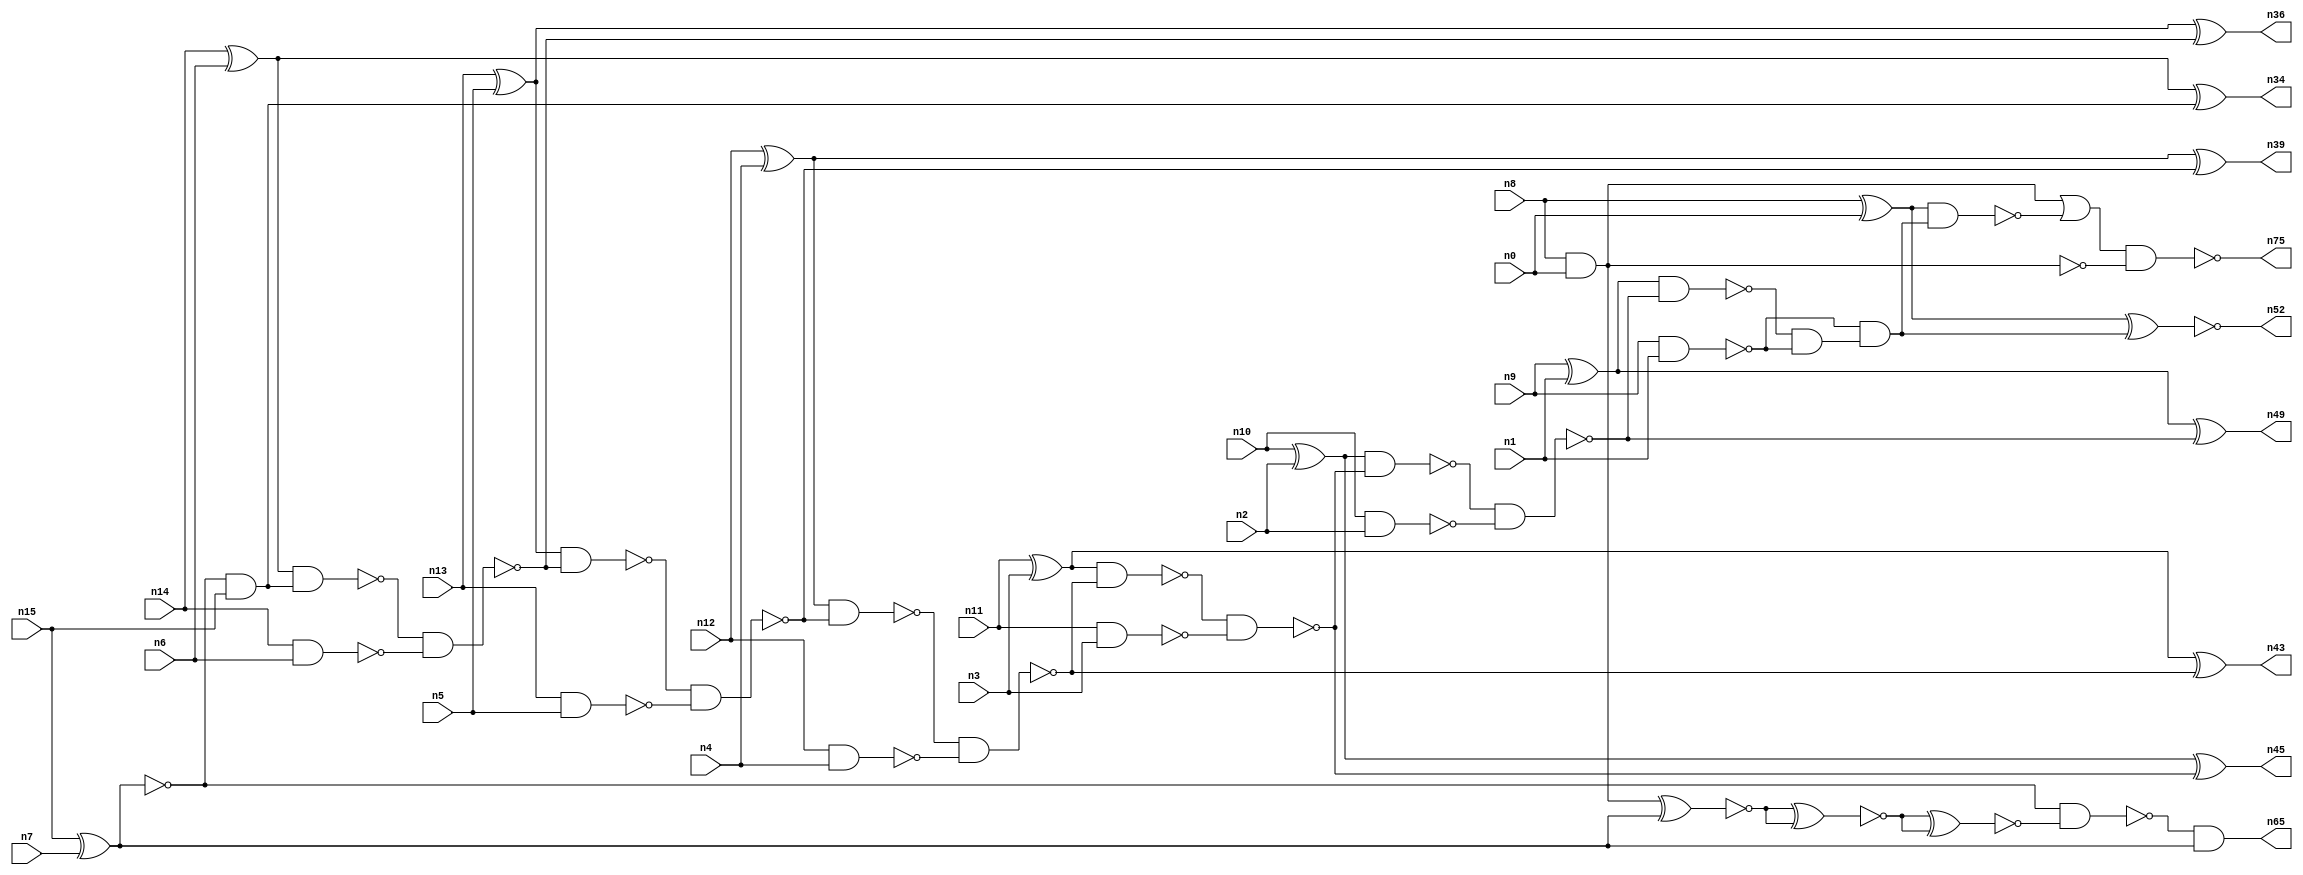
// This program was cloned from: https://github.com/umar-afzaal/ReCkt
// License: MIT License

// This file contains a pareto-optimal circuit with respect to area and the fault-resilince parameter p_fault which is defined as:
// "For all input vectors, the ratio of the no. of faults observable at the POs to the no. of total possible faults in the circuit".
// This code is part of the ReCkt library (https://github.com/umar-afzaal/ReCkt) distributed under The MIT License.
// When used, please cite the following article(s):
// U. Afzaal, A.S. Hassan, M. Usman and J.A. Lee, "On the Evolutionary Synthesis of Increased Fault-resilience Arithmetic Circuits".

// p_fault = 87.2 %    (Lower is better)
// gates = 46.0
// levels = 18
// area = 63.95    (For MCNC library relative to nand2)
// power = 282.1 uW    (Berkely-SIS for MCNC library @ Vdd=5V and 20 MHz clock)
// delay = 23.2 ns    (Berkely-ABC for MCNC library)
// PDP = 6.54472e-12 J

// Pin mapping:
// {n0, n1, n2, n3, n4, n5, n6, n7} = A[7:0]
// {n8, n9, n10, n11, n12, n13, n14, n15} = B[7:0]
// {n75, n52, n49, n45, n43, n39, n36, n34, n65} = O[8:0]

module addr8s_area_14 (
n0, n1, n2, n3, n4, n5, n6, n7, n8, n9, n10, n11, n12, n13, n14, n15, 
n75, n52, n49, n45, n43, n39, n36, n34, n65
);

input n0, n1, n2, n3, n4, n5, n6, n7, n8, n9, n10, n11, n12, n13, n14, n15;
output n75, n52, n49, n45, n43, n39, n36, n34, n65;
wire n22, n42, n28, n21, n54, n71, n30, n16, n27, n24, n56, n20, n53, n32, n18, n55, n51, n31, n25, n58, 
n41, n26, n37, n35, n29, n17, n38, n19, n50, n46, n47, n23, n40, n48, n57, n33, n44;

nand (n16, n14, n6);
nand (n17, n9, n1);
nand (n18, n13, n5);
nand (n19, n8, n0);
xor (n20, n8, n0);
nand (n21, n10, n2);
xor (n22, n12, n4);
xnor (n23, n15, n7);
xor (n24, n10, n2);
and (n25, n23, n15);
nand (n26, n11, n3);
xor (n27, n14, n6);
xor (n28, n9, n1);
nand (n29, n12, n4);
xor (n30, n13, n5);
xor (n31, n11, n3);
nand (n32, n23, n23);
nand (n33, n27, n25);
xor (n34, n27, n25);
nand (n35, n33, n16);
xor (n36, n30, n35);
nand (n37, n30, n35);
nand (n38, n37, n18);
xor (n39, n22, n38);
nand (n40, n22, n38);
nand (n41, n40, n29);
nand (n42, n31, n41);
xor (n43, n31, n41);
nand (n44, n42, n26);
xor (n45, n24, n44);
nand (n46, n24, n44);
nand (n47, n46, n21);
nand (n48, n28, n47);
xor (n49, n28, n47);
and (n50, n48, n17);
and (n51, n17, n50);
xnor (n52, n20, n51);
nand (n53, n20, n51);
nand (n54, n19, n19);
xnor (n55, n54, n32);
xnor (n56, n55, n55);
xnor (n57, n56, n56);
nand (n58, n23, n57);
and (n65, n58, n32);
or (n71, n54, n53);
nand (n75, n71, n19);

endmodule